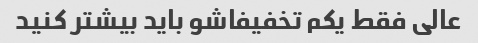
عالی فقط یکم تخفیفاشو باید بیشتر کنید